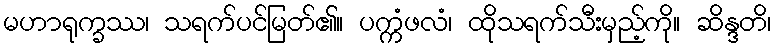
မဟာရုက္ခဿ၊ သရက်ပင်မြတ်၏။ ပက္ကံဖလံ၊ ထိုသရက်သီးမှည့်ကို။ ဆိန္ဒတိ၊